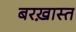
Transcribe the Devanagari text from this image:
बरख़ास्त